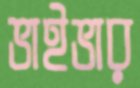
ভাইভার